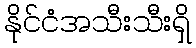
နိုင်ငံအသီးသီးရှိ